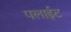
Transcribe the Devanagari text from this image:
पलाईट